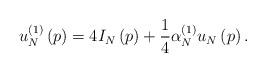
LaTeX: \begin{align*}u_{N}^{\left( 1\right) }\left( p\right) =4I_{N}\left( p\right) +\frac{1}{4}\alpha _{N}^{\left( 1\right) }u_{N}\left( p\right) . \end{align*}